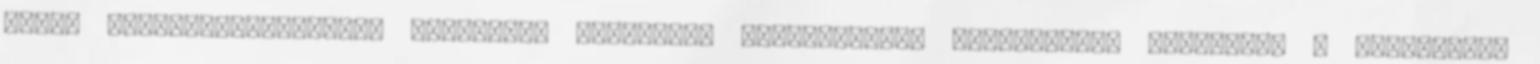
újabb teljesítménynövelő italokat, üdítőket, tablettákat, vitaminokat kínálnak. A társadalmi